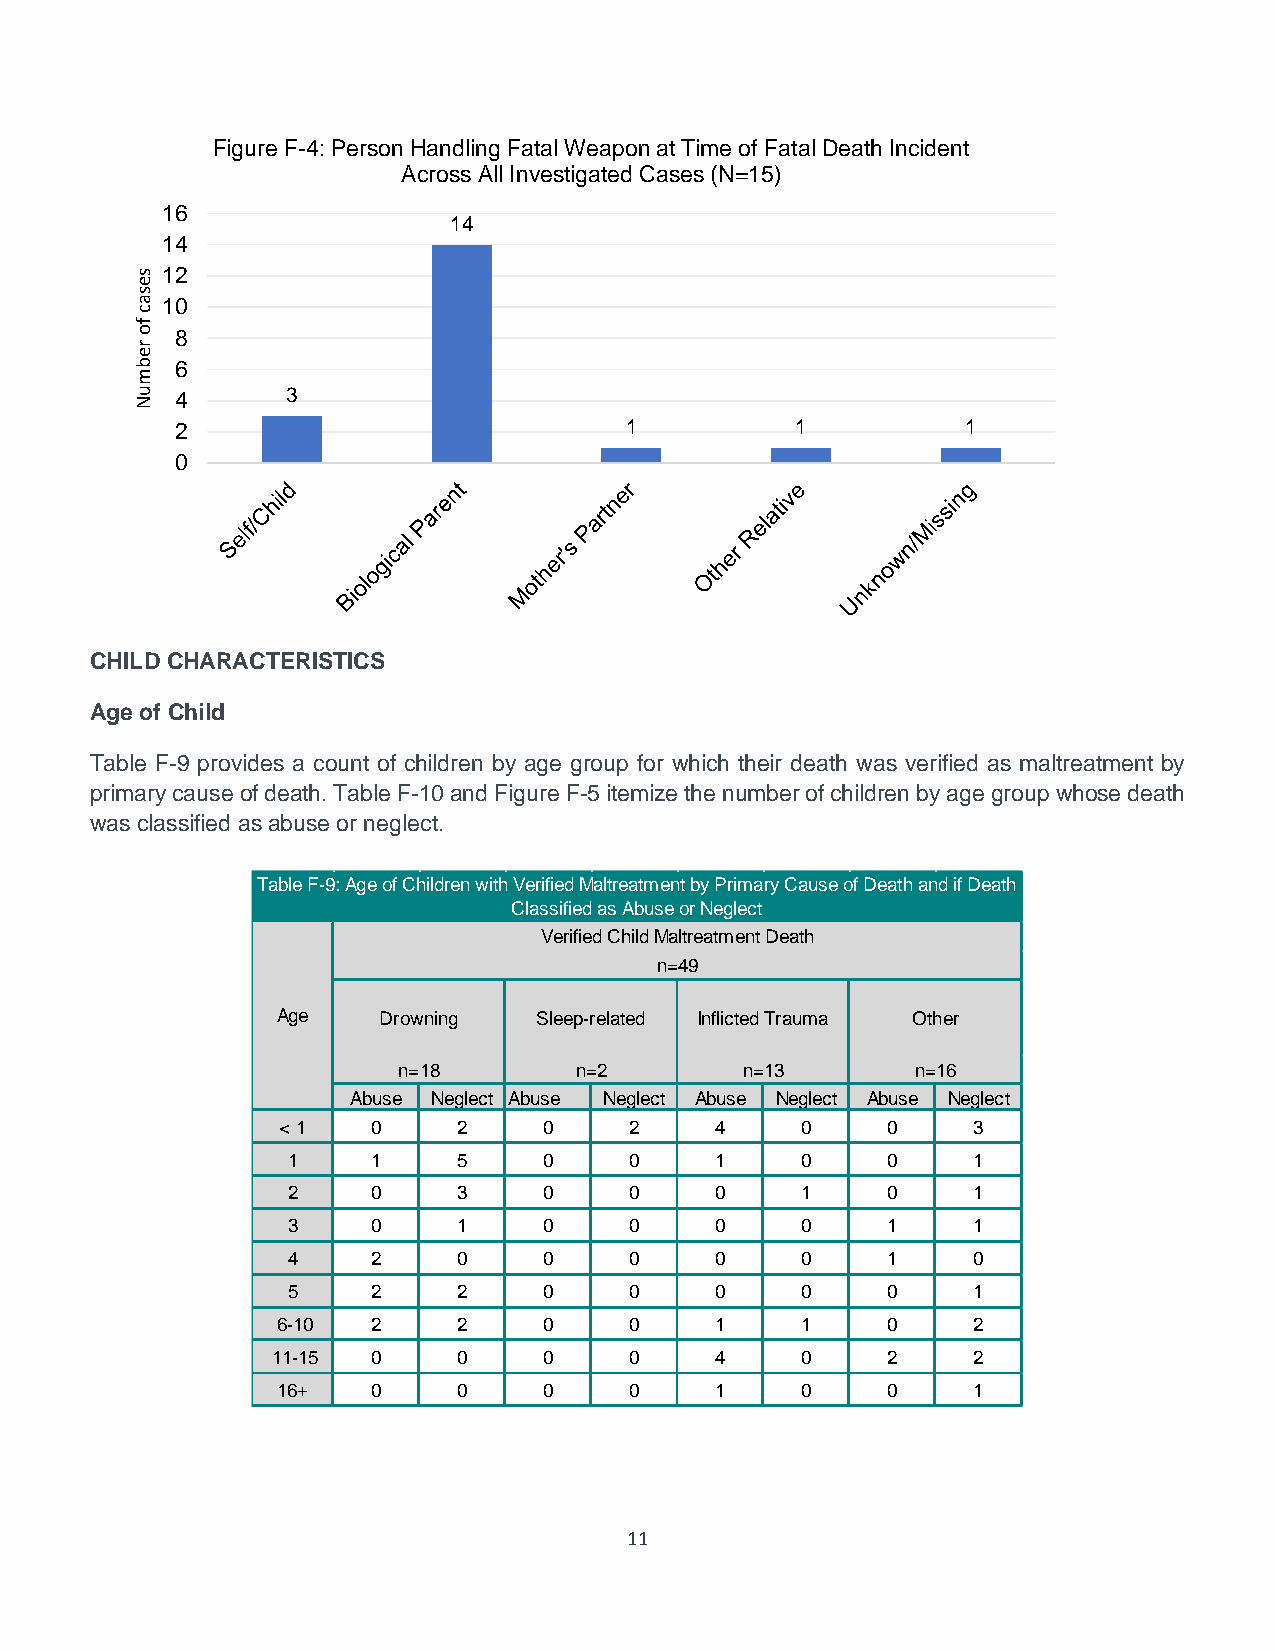
Figure F-4: Person Handling Fatal Weapo n at Time of Fatal Death Incident
 Across All Investigated Cases (N=15)
 16
 14
 14
 s 12
 e
 s
 a 10
 c
 f
 o  8
 r
 e
 b  6
 m
 u N 4     3
 2                            1           1          1
 0
 CHILD CHARACTERISTICS
 Age of Child
 Table F-9 provides a count of children by age group for which their death was verified as maltreatment by
 primary cause of death. Table F-10 and Figure F-5 itemize the number of children by age group whose death
 was classified as abuse or neglect.
 11
 T a b le F
 A g e
 < 1
 1
 2
 3
 4
 5
 6 - 1 0
 1 1 - 1 5
 1 6 +
 - 9 : A g e o
 D
 A b u s
 0
 1
 0
 0
 2
 2
 2
 0
 0
 f C
 r o
 n
 e
 h ild r e n w
 w n in g
 = 1 8
 N e g le c
 2
 5
 3
 1
 0
 2
 2
 0
 0
 ith
 t
 VC
 A
 e r ifie d M a ltr e a tm e n t b y P rla
 s s ifie d a s A b u s e o r N e g
 V e r ifie d C h ild M a ltr e a tm
 n = 4 9
 S le e p - r e la te d In flic
 n = 2
 b u s e N e g le c t A b u s
 0     2    4
 0     0    1
 0     0    0
 0     0    0
 0     0    0
 0     0    0
 0     0    1
 0     0    4
 0     0    1
 im a r y C a u s e ole
 c t
 e n t D e a th
 te d T r a u m a
 n = 1 3
 e N e g le c t
 0
 0
 1
 0
 0
 0
 1
 0
 0
 f D
 A
 e
 b
 a
 u
 0
 0
 0
 1
 1
 0
 0
 2
 0
 th a
 O
 n
 s e
 n d if D
 th e r
 = 1 6
 N e g
 3
 1
 1
 1
 0
 1
 2
 2
 1
 e
 le
 a
 c
 th
 t